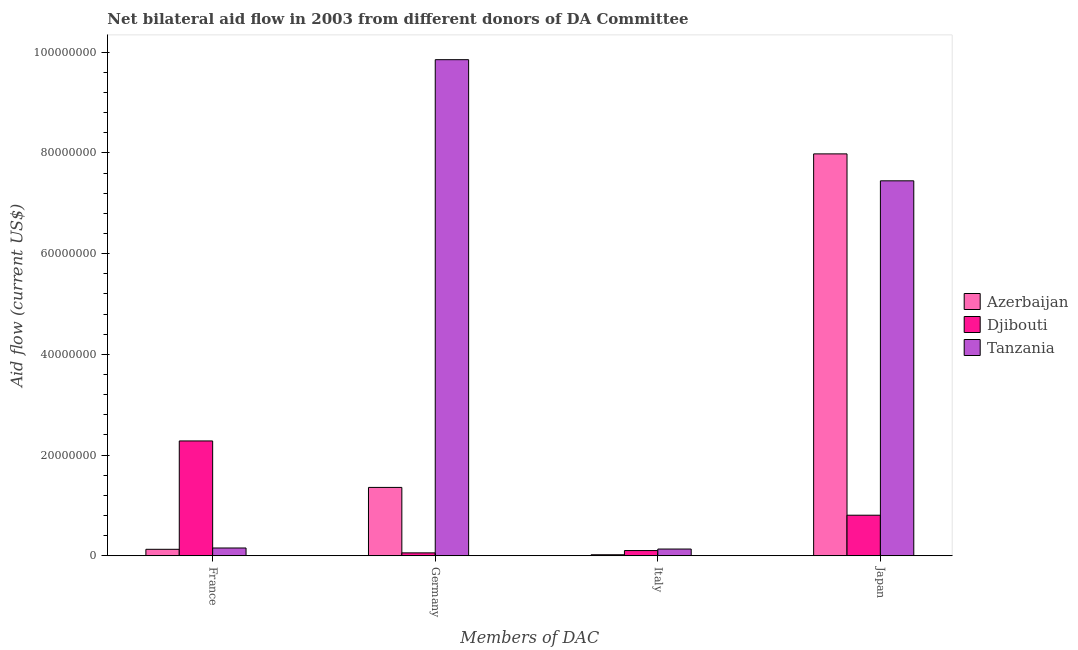
| Members of DAC | Azerbaijan | Djibouti | Tanzania |
 | --- | --- | --- | --- |
 | France | 1.29e+06 | 2.28e+07 | 1.55e+06 |
 | Germany | 1.36e+07 | 5.8e+05 | 9.85e+07 |
 | Italy | 2.1e+05 | 1.04e+06 | 1.34e+06 |
 | Japan | 7.98e+07 | 8.06e+06 | 7.45e+07 |